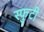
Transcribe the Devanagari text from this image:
स्फुटी